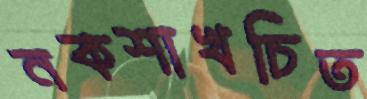
নকশাখচিত